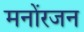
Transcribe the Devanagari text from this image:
मनोंरजन